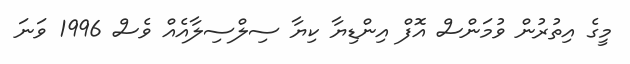
މީގެ އިތުރުން ވުމަންސް އޮފް އިންޑިޔާ ކިޔާ ސިލްސިލާއެއް ވެސް 1996 ވަނަ